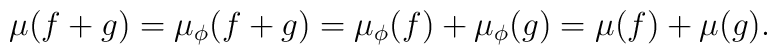
\mu(f+g) = \mu_\phi(f+g) = \mu_\phi(f) + \mu_\phi(g) =\mu(f) + \mu(g) .